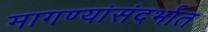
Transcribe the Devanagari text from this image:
मागण्यांसंदर्भात